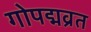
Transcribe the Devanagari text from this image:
गोपद्मव्रत